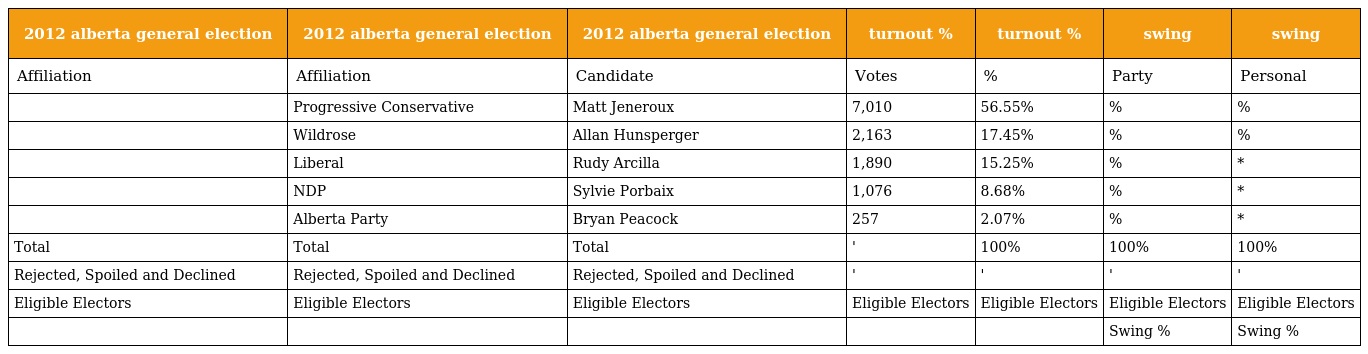
| 2012 alberta general election | 2012 alberta general election | 2012 alberta general election | turnout % | turnout % | swing | swing |
 | --- | --- | --- | --- | --- | --- | --- |
 | Affiliation | Affiliation | Candidate | Votes | % | Party | Personal |
 |  | Progressive Conservative | Matt Jeneroux | 7,010 | 56.55% | % | % |
 |  | Wildrose | Allan Hunsperger | 2,163 | 17.45% | % | % |
 |  | Liberal | Rudy Arcilla | 1,890 | 15.25% | % | * |
 |  | NDP | Sylvie Porbaix | 1,076 | 8.68% | % | * |
 |  | Alberta Party | Bryan Peacock | 257 | 2.07% | % | * |
 | Total | Total | Total | ' | 100% | 100% | 100% |
 | Rejected, Spoiled and Declined | Rejected, Spoiled and Declined | Rejected, Spoiled and Declined | ' | ' | ' | ' |
 | Eligible Electors | Eligible Electors | Eligible Electors | Eligible Electors | Eligible Electors | Eligible Electors | Eligible Electors |
 |  |  |  |  |  | Swing % | Swing % |